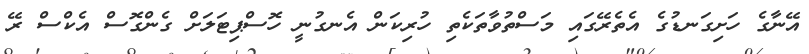
އޭނާގެ ހަށިގަނޑުގެ އެތެރޭގައި މަސްތުވާތަކެތި ހުރިކަން އެނގުނީ ހޮސްޕިޓަލަށް ގެންގޮސް އެކްސް ރޭ